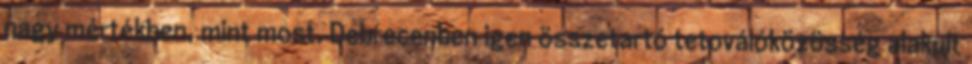
nagy mértékben, mint most. Debrecenben igen összetartó tetoválóközösség alakult